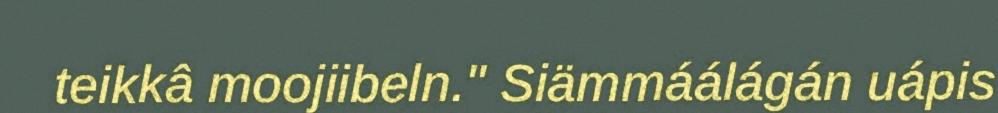
teikkâ moojiibeln." Siämmáálágán uápis